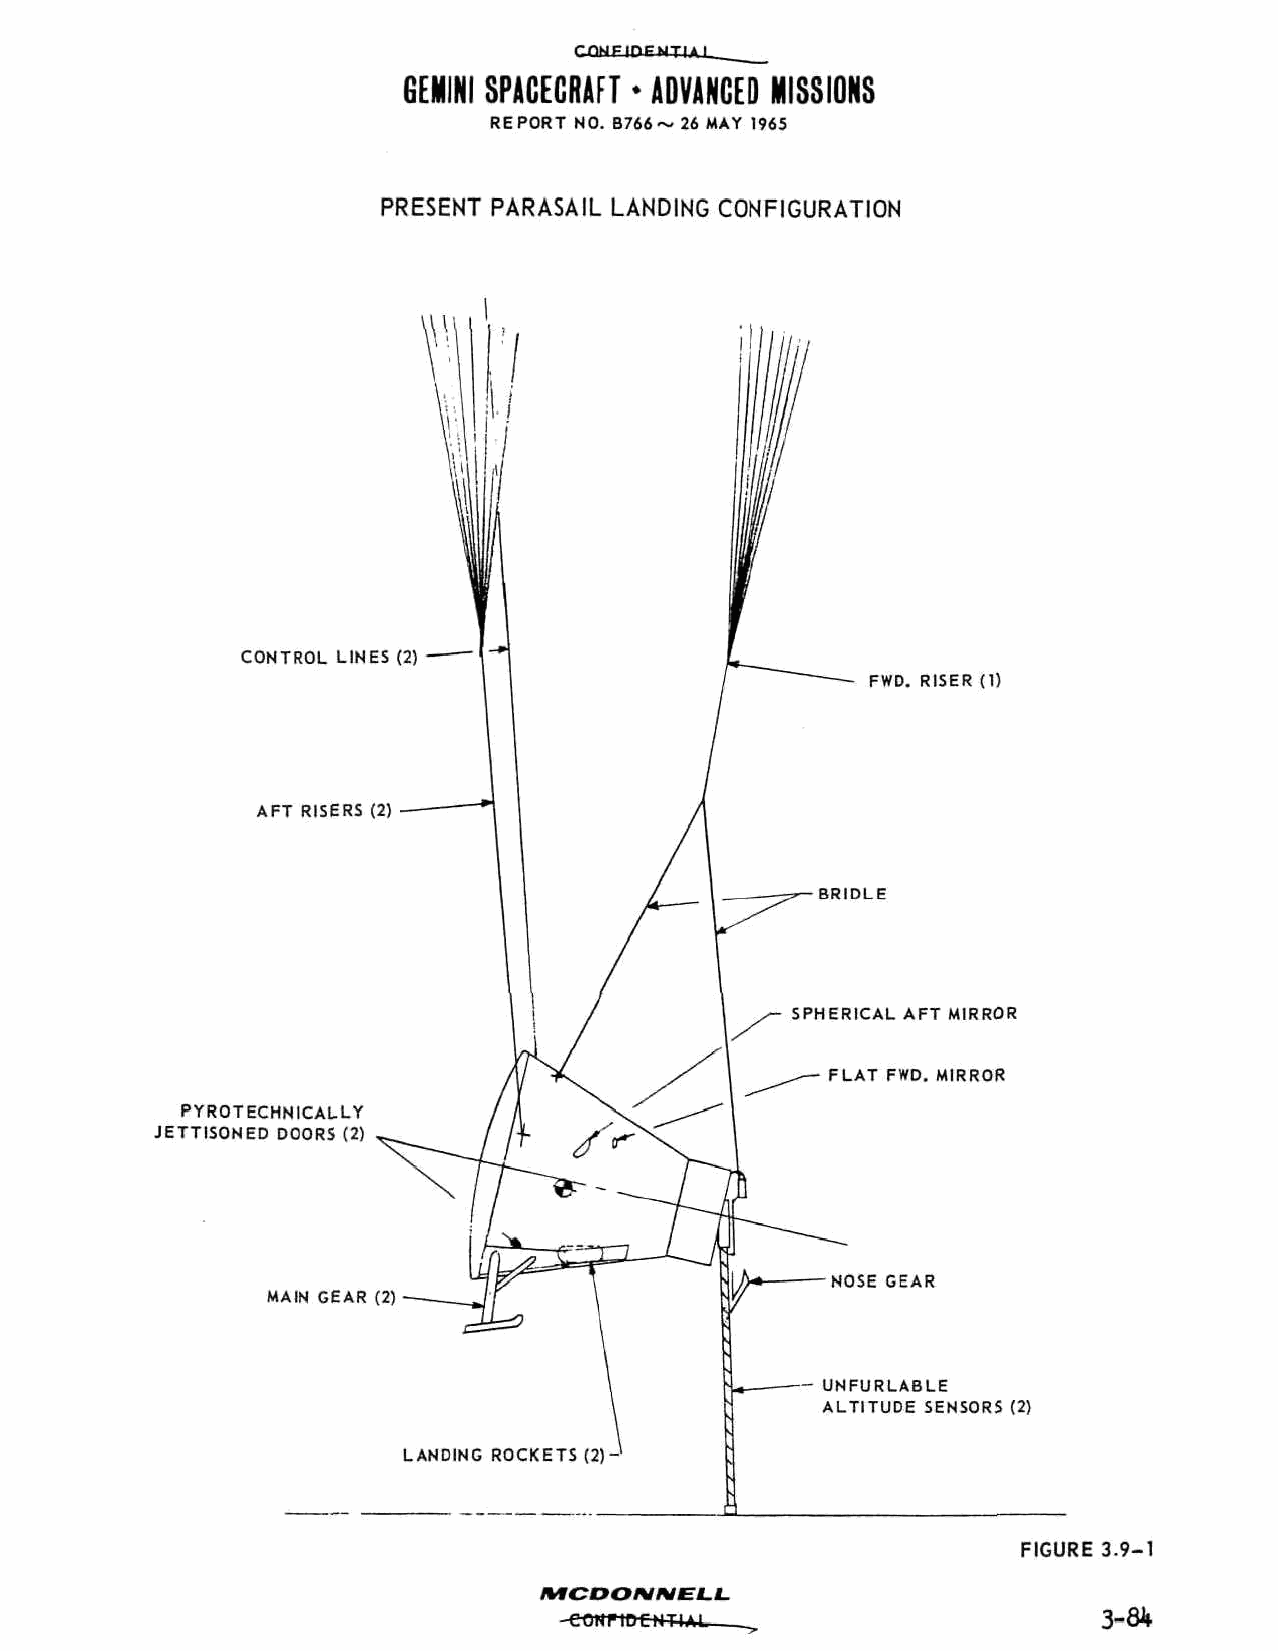
CQNFIOFNTIAJ
 GEMINI SPACECRAFT • ADVANCED MISSIONS
 REPORT NO. B766~ 26 MAY 1965
 PRESENT PARASAIL LANDING CONFIGURATION
 CONTROL LINES (2)
 FWD. RISER (1)
 AFT RISERS (2)
 BRIDLE
 SPHERICAL AFT MIRROR
 FLAT FWD. MIRROR
 PYROTECHNICALLY
 JETTISONED DOORS (2)
 NOSE GEAR
 MAIN GEAR (2)
 UNFURLABLE
 ALTITUDE SENSORS (2)
 LANDING ROCKETS (2)-
 FIGURE 3.9
 IHCDOIVNEL. L.